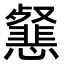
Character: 𢤰